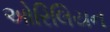
ઓરિલિયન